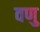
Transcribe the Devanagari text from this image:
वणु